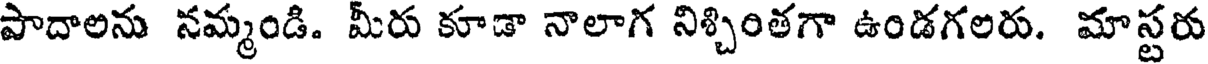
పాదాలను నమ్మండి. మీరు కూడా నాలాగ నిశ్చింతగా ఉండగలరు. మాస్టరు